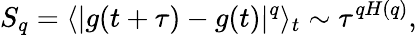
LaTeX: S_{q}=\langle|g(t+\tau)-g(t)|^{q}\rangle_{t}\sim\tau^{qH(q)},